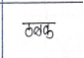
मजकूर: ठळक